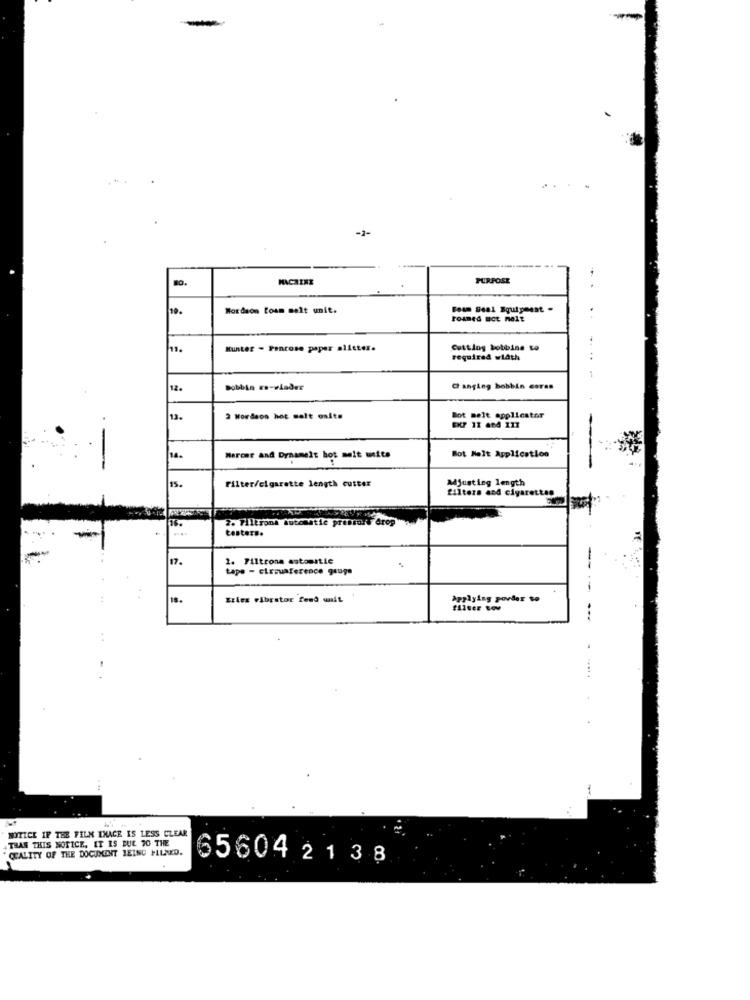
-2-
MACHINE
PURPOSE
10.
Mordaon foam molt unit.
Foam Seal Equipment .
Foamed Bot nelz
. .
..
11.
Kunter - Penrose paper alitter.
Cutting botbins to
required width
12.
Bobbin mo-wiader
Changing bobbin cores
13.
2 wordson hot malt osite
Bot melt applicator
EXP 11 884 117
Bot Melt Application
14.
Marcar and Dynamelt hot melt uite
15.
Filter/cigarette length cutter
Adjusting length
filters and cigarettes
16.
2. Filtrona Automatic prenait drop
testers.
17.
1. Filtrona automatic
tape - circuaference gauge
-
4
Eries vibrator fend unit
Applying povder to
1
MITICE IF THE FILM IHACE IS LESS CLEAR
THAN THIS NOTICE. IT IS BUE 70 THE
QUALITY OF THE DOCUMENT BEING PLAYD.
656042138